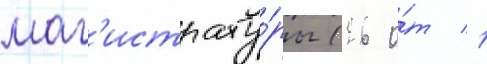
маг'истрату́ры (26 о́т 1